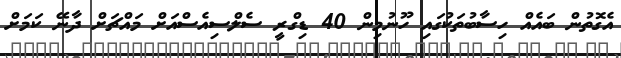
އެގޮތުން ބައެއް ހިސާބުތަކުގައި ހޫނުމިން 40 ޑިގްރީ ސެލްސިއެސްއަށް މައްޗަށް ދާނޭ ކަމަށް